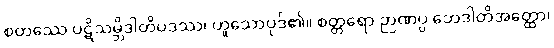
စတဿေ ပဋိသမ္ဘိဒါတိပဒဿ၊ ဟူသောပုဒ်၏။ စတ္တရော ဉာဏပ္ပ ဘေဒါတိအတ္ထော၊